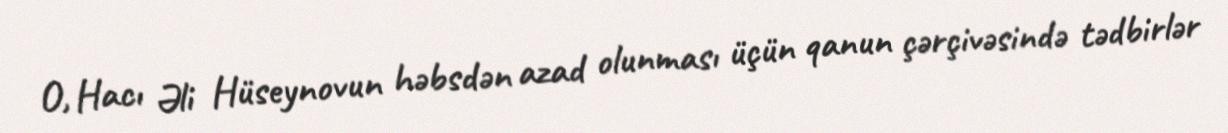
O, Hacı Əli Hüseynovun həbsdən azad olunması üçün qanun çərçivəsində tədbirlər